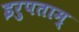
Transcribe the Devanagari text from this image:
इरुपताम्